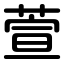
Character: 萱